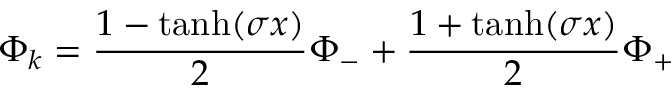
\Phi _ { k } = { \frac { 1 - \operatorname { t a n h } ( \sigma x ) } { 2 } } \Phi _ { - } + { \frac { 1 + \operatorname { t a n h } ( \sigma x ) } { 2 } } \Phi _ { + }